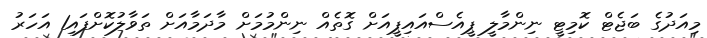
މިއަދުގެ ބަޖެޓް ކޮމިޓީ ނިންމާލީ ޕީއެސްއައިޕީއަށް ގޮތެއް ނިންމުމަށް މާދަމާއަށް ތަވާލުކޮށްފައި1 އަހަރު